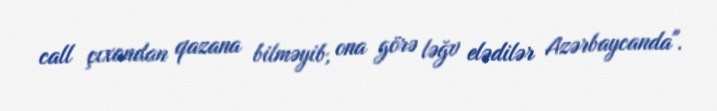
call çıxandan qazana bilməyib, ona görə ləğv elədilər Azərbaycanda".